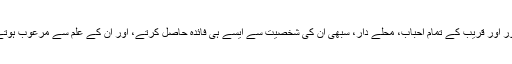
دور اور قریب کے تمام احباب، محلے دار، سبھی ان کی شخصیت سے ایسے ہی فائدہ حاصل کرتے، اور ان کے علم سے مرعوب ہوتے۔